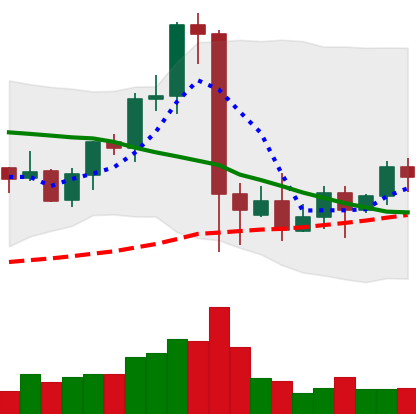
Ticker: EOS-USD
Chart end date: 2021-09-16
Forward return: -22.603%
Label: down_7plus